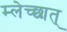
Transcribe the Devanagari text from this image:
म्लेच्छात्